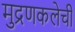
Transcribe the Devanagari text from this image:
मुद्रणकलेची